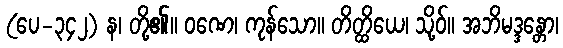
(ပေ-၃၄၂) န၊ တို့၏။ ဝဏေ၊ ကုန်သော။ တိတ္ထိယေ၊ သို့ဝ်။ အဘိမဒ္ဒန္တော၊